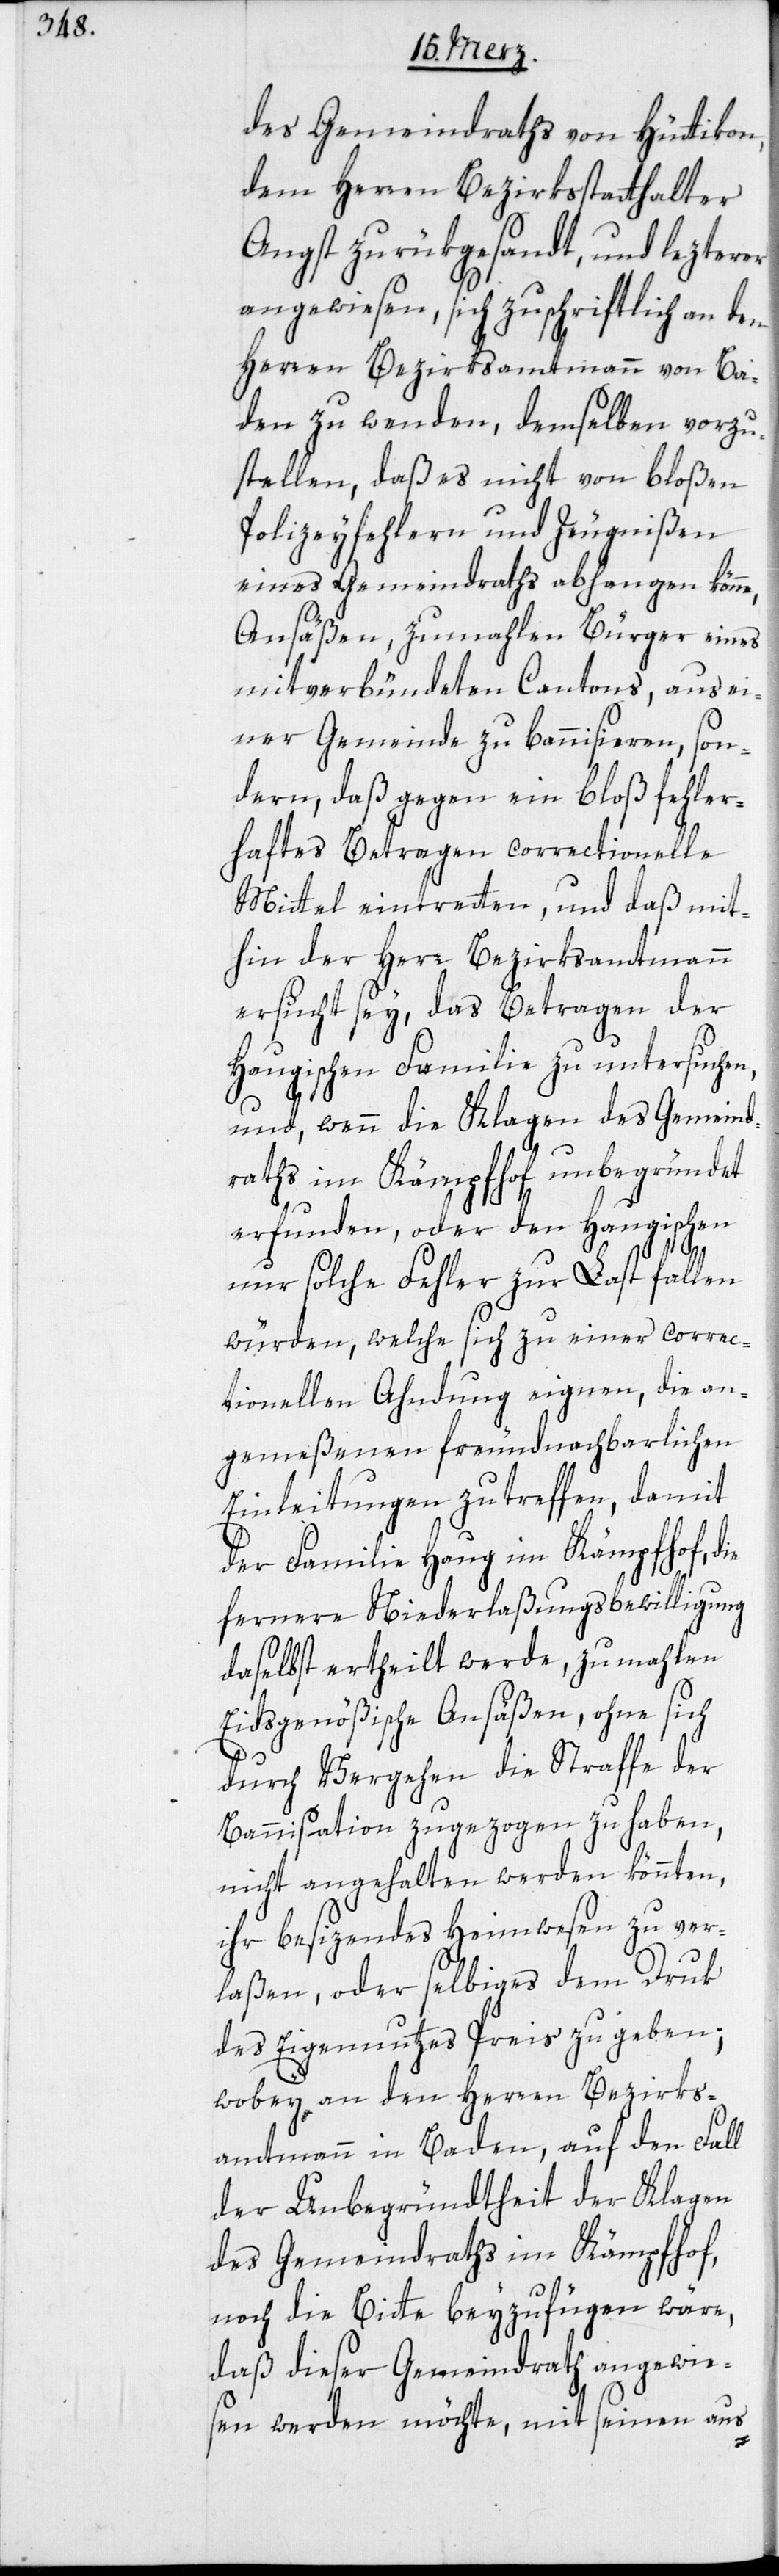
des Gemeindraths von Hüttikon,
dem Herren Bezirksstatthalter
Angst zurükgesandt, und lezterer
angewiesen, sich zuschriftlich an den
Herren Bezirksamtmann von Ba¬
den zu wenden, demselben vorzu¬
stellen, daß es nicht von bloßen
Polizeyfehleren und Zeugnißen
eines Gemeindraths abhangen könne,
Ansäßen, zumahlen Bürger eines
mitverbündeten Cantons, aus ei¬
ner Gemeinde zu bannisieren, son¬
dern daß gegen ein bloß fehler¬
haftes Betragen correctionelle
Mittel eintretten, und daß mit¬
hin der Herr Bezirksamtmann
ersucht sey, das Betragen der
Haugischen Familie zu untersuchen,
und, wenn die Klagen des Gemeind¬
raths im Kämpfhof unbegründet,
erfunden, oder den Haugischen
nur solche Fehler zur Last fallen
würden, welche sich zu einer correc¬
tionellen Ahndung eignen, die an¬
gemeßenen freundnachbarlichen
Einleitungen zu treffen, damit
der Familie Haug im Kämpfhof, die
fernere Niederlaßungsbewilligung
daselbst ertheilt werde, zumahlen
Eidsgenößische Ansäßen, ohne sich
durch Vergehen die Straffe der
Bannisation zugezogen zu haben,
nicht angehalten werden könnten,
ihr besizendes Heimwesen zu ver¬
laßen, oder selbiges dem Druk
des Eigennutzes Preis zugeben;
wobey an den Herren Bezirks¬
amtmann in Baden, auf den Fall
der Unbegründtheit der Klagen
des Gemeindraths im Kämpfhof,
noch die Bitte beyzufügen wäre,
daß dieser Gemeindrath angewie¬
sen werden möchte, mit seinen aus-